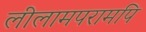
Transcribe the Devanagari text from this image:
लीलामपरामपि